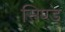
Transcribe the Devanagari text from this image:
सिण्ड